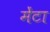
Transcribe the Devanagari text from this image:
मेंटा